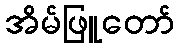
အိမ်ဖြူတော်